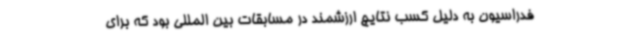
فدراسیون به دلیل کسب نتایج ارزشمند در مسابقات بین المللی بود که برای